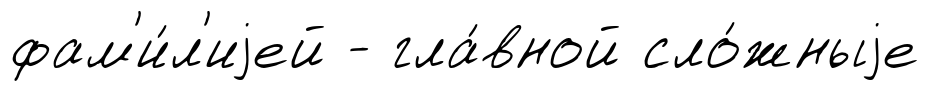
фам'и́л'иjей - гла́вной сло́жныjе